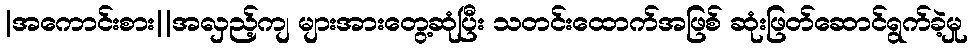
|အကောင်းစား||အလှည့်ကျ များအားတွေ့ဆုံပြီး သတင်းထောက်အဖြစ် ဆုံးဖြတ်ဆောင်ရွက်ခဲ့မှု